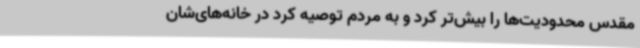
مقدس محدودیت‌ها را بیش‌تر کرد و به مردم توصیه کرد در خانه‌های‌شان